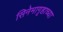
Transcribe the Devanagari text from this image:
सिनेमागृहाच्या